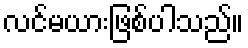
လင်မယားဖြစ်ပါသည်။